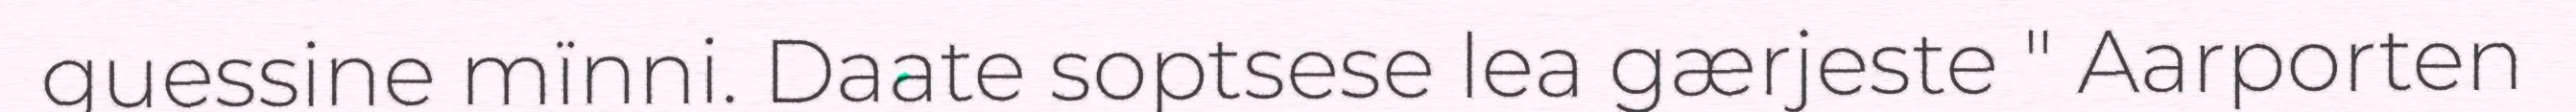
guessine mïnni. Daate soptsese lea gærjeste " Aarporten